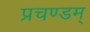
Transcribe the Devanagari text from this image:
प्रचण्डम्